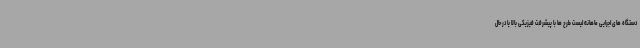
دستگاه های اجرایی ماهانه لیست طرح ها با پیشرفت فیزیکی بالا یا در حال